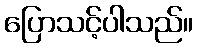
ပြောသင့်ပါသည်။